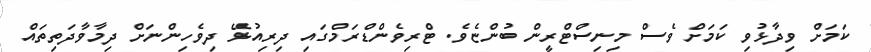
ކަމަށް ވިދާޅުވި ކަމަށް ވެސް މިނިސްޓްރީން ބުންޏެވެ. ޓްރިވެންޑްރަމްގައި ދިރިއުޅޭ ދިވެހިންނަށް ދިމާވާދަތިތައް